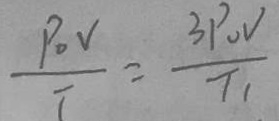
\frac { P O V } { T } = \frac { 3 P O V } { T 1 }